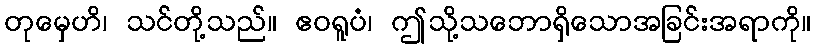
တုမှေဟိ၊ သင်တို့သည်။ ဧဝရူပံ၊ ဤသို့သဘောရှိသောအခြင်းအရာကို။